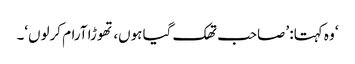
‘ وہ کہتا: ’صاحب تھک گیا ہوں، تھوڑا آرام کرلوں‘۔